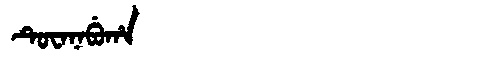
Manchu: ᡨᡠᠸᠠᠨᠠᠪᡠᡥᠠ
Romanization: TUWANABUHA